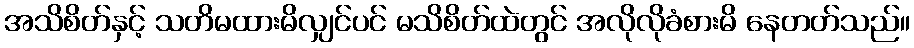
အသိစိတ်နှင့် သတိမထားမိလျှင်ပင် မသိစိတ်ထဲတွင် အလိုလိုခံစားမိ နေတတ်သည်။